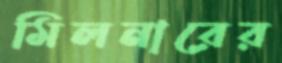
মিলনারের